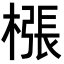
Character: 㯑